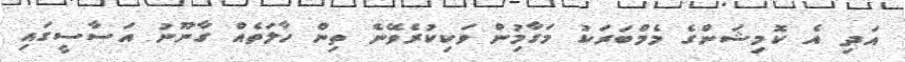
އަދި އެ ކޮމިޝަންގެ މެމްބަރަކު މަގާމިުން ވަކިކުރެވޭނެ ތިން ހާލަތެއް ގާނޫނު އަސާސީގައި